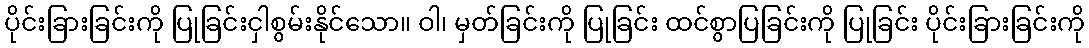
ပိုင်းခြားခြင်းကို ပြုခြင်းငှါစွမ်းနိုင်သော။ ဝါ၊ မှတ်ခြင်းကို ပြုခြင်း ထင်စွာပြခြင်းကို ပြုခြင်း ပိုင်းခြားခြင်းကို